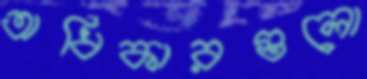
অধিকারগুলো